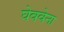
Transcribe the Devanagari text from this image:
घेववेना